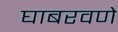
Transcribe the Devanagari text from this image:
घाबरवणे